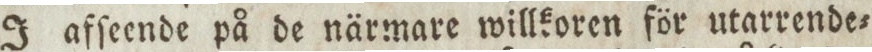
J afſeende på de närmare willkoren för utarrende=